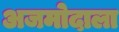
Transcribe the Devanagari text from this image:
अजमोदाला